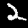
Label: 2